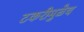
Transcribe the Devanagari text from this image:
टकरीमुळेच